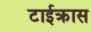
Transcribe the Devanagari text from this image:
टाईक्रास